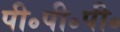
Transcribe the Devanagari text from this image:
पी॰पी॰पी॰